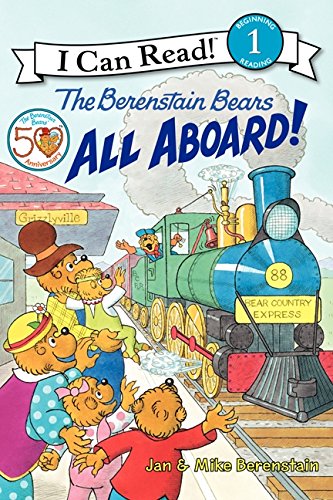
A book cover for The Berenstain Bears: All Aboard! (I Can Read Level 1); Jan Berenstain; Children's Books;